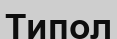
Типол